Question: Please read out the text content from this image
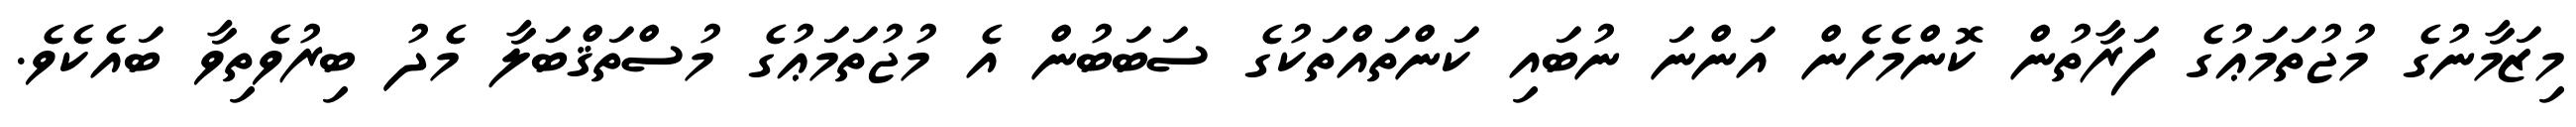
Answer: މިޒަމާނުގެ މުޖުތަމަޢުގެ ފަރާތުން ކޮންމެހެން އަންނަ ނުބައި ކަންތައްތަކުގެ ސަބަބުން އެ މުޖުތަމަޢުގެ މުސްތަޤްބަލާ މެދު ބިރުވެތިވާ ބައެކެވެ.